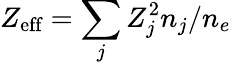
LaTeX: Z_{\textrm{eff}}=\sum_{j}Z_{j}^{2}n_{j}/n_{e}